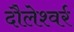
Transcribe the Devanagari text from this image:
दौलेश्वर्र